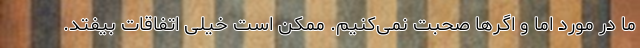
ما در مورد اما و اگرها صحبت نمی‌کنیم. ممکن است خیلی اتفاقات بیفتد.